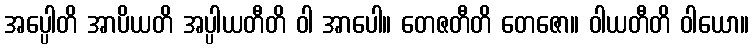
အပ္ပေါတိ အာပိယတိ အပ္ပါယတီတိ ဝါ အာပေါ။ တေဇတီတိ တေဇော။ ဝါယတီတိ ဝါယော။